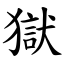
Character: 獄